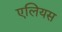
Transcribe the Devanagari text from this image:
एलियस